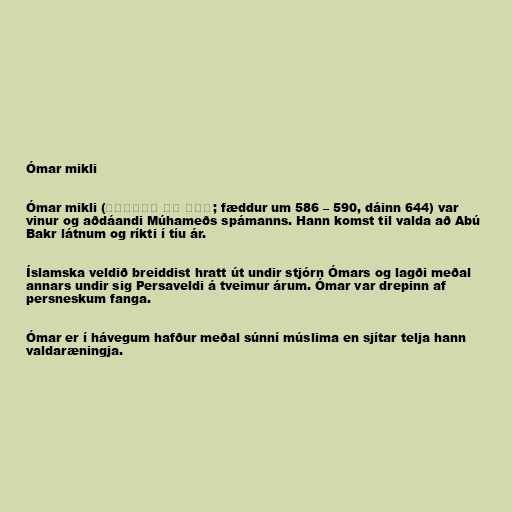
Ómar mikli

Ómar mikli (عمر بن الخطاب; fæddur um 586 – 590, dáinn 644) var
vinur og aðdáandi Múhameðs spámanns. Hann komst til valda að Abú
Bakr látnum og ríkti í tíu ár.

Íslamska veldið breiddist hratt út undir stjórn Ómars og lagði meðal
annars undir sig Persaveldi á tveimur árum. Ómar var drepinn af
persneskum fanga.

Ómar er í hávegum hafður meðal súnní múslima en sjítar telja hann
valdaræningja.